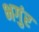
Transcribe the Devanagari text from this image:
भगुंर